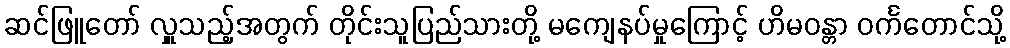
ဆင်ဖြူတော် လှူသည့်အတွက် တိုင်းသူပြည်သားတို့ မကျေနပ်မှုကြောင့် ဟိမဝန္တာ ဝင်္ကတောင်သို့